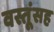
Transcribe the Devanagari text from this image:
वस्तूंसह